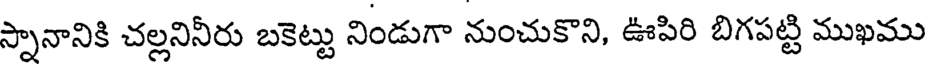
స్నానానికి చల్లనినీరు బకెట్టు నిండుగా నుంచుకొని, ఊపిరి బిగపట్టి ముఖము